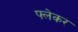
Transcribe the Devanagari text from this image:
फ्लेकर